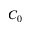
C _ { 0 }